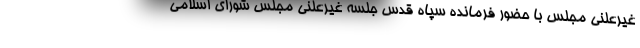
غیرعلنی مجلس با حضور فرمانده سپاه قدس جلسه غیرعلنی مجلس شورای اسلامی